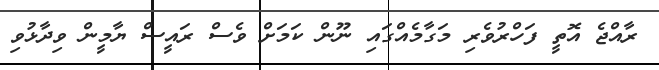
ރާއްޖެ އޮތީ ފަހްރުވެރި މަގާމެއްގައި ނޫން ކަމަށް ވެސް ރައީސް ޔާމީން ވިދާޅުވި